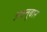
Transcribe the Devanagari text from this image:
अक्तूबार